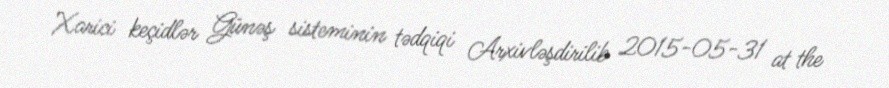
Xarici keçidlər Günəş sisteminin tədqiqi Arxivləşdirilib 2015-05-31 at the